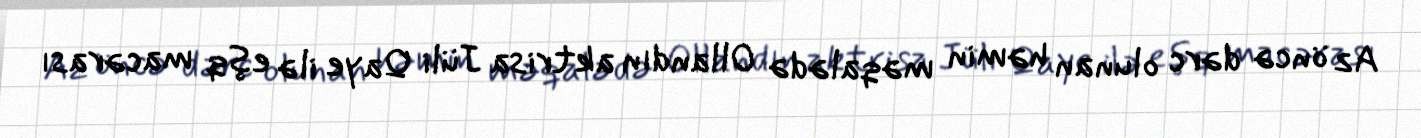
Az öncə dərc olunan həmin məqalədə Ollandın aktrisa Jüli Qaye ilə eşq macərası